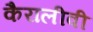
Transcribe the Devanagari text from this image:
कैरालीवी